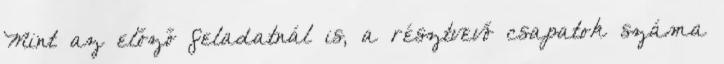
Mint az előző feladatnál is, a résztvevő csapatok száma